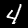
Digit: 4